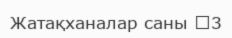
Жатақханалар саны 	3